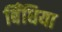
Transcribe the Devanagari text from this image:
बिँधिया